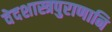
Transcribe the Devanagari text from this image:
वेदशास्त्रपुराणानि